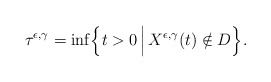
\begin{align*} \tau^{\epsilon,\gamma} = \inf \Bigl \{ t > 0 \, \Bigl \vert \, X^{\epsilon,\gamma}(t) \notin D \Bigr\}. \end{align*}